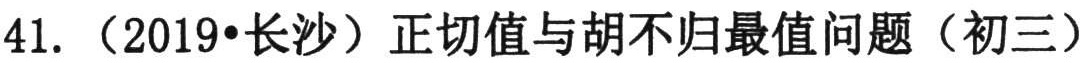
41. （2019•长沙）正切值与胡不归最值问题（初三）